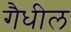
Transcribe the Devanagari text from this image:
गैधील